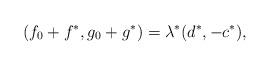
LaTeX: \begin{align*}(f_0+f^{*},g_0+g^{*})=\lambda^{*}(d^{*},-c^{*}),\end{align*}